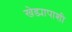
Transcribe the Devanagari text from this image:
खेड्यापाशी